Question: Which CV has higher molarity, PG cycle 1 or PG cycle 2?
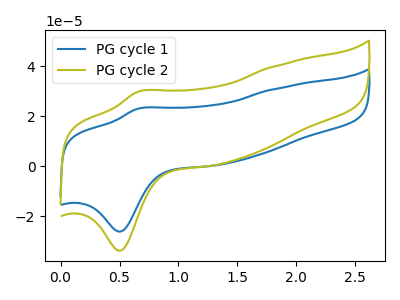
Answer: <think>The blue curve "PG cycle 1" has an anodic peak at (0.65V, 23.10uA) and a cathodic peak at (0.50V, -26.05uA). The olive curve "PG cycle 2" has an anodic peak at (0.65V, 29.85uA) and a cathodic peak at (0.50V, -33.70uA).
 All the peaks in "PG cycle 1" have a peak in "PG cycle 2" at the same potential. Every peak in "PG cycle 1" is lower than every peak in "PG cycle 2".</think>
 <answer>"PG cycle 1" has less signal than "PG cycle 2" and so likely has a lower concentration.</answer>
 <eval>less_concentration</eval>